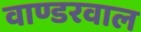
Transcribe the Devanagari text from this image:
वाण्डरवाल